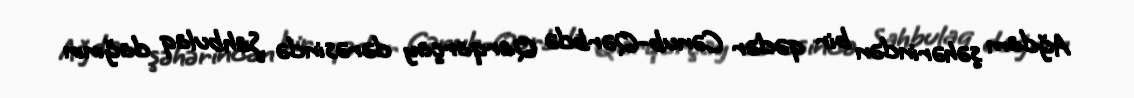
Ağdam şəhərindən bir qədər Cənub-Qərbdə Qarqarçay dərəsində Şahbulaq dağının